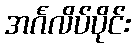
အင်္ဂလိပ်ပိုင်း